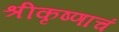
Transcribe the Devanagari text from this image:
श्रीकृष्णाचं